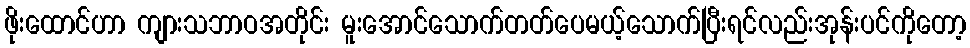
ဖိုးထောင်ဟာ ကျားသဘာဝအတိုင်း မူးအောင်သောက်တတ်ပေမယ့်သောက်ပြီးရင်လည်းအုန်းပင်ကိုတော့